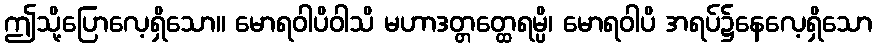
ဤသို့ပြောလေ့ရှိသော။ မောရဝါပိဝါသိ မဟာဒတ္တတ္ထေရမ္ပိ၊ မောရဝါပိ အရပ်၌နေလေ့ရှိသော